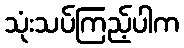
သုံးသပ်ကြည့်ပါက